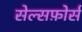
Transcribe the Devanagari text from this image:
सेल्सफ़ोर्स